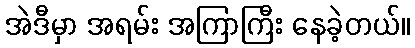
အဲဒီမှာ အရမ်း အကြာကြီး နေခဲ့တယ်။